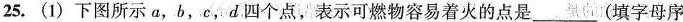
25.(1)下图所示a，b，c，d四个点，表示可燃物容易着火的点是___(填字母序